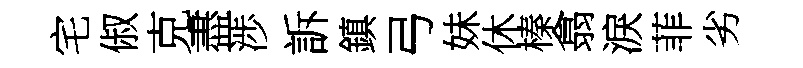
宅俶克盡渉訴鎮弓妹休榛翕淚菲劣